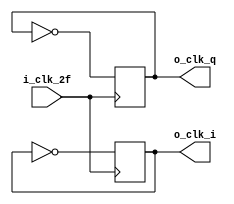
`default_nettype none
`timescale 1 ns / 100 ps

module clock_phase_shifter(
    i_clk_2f,
    o_clk_i,
    o_clk_q
);

input wire i_clk_2f;
output reg o_clk_i, o_clk_q;

always @(posedge i_clk_2f) begin
    o_clk_i <= ~o_clk_i;
end

always @(negedge i_clk_2f) begin
    o_clk_q <= ~o_clk_q;
end

endmodule